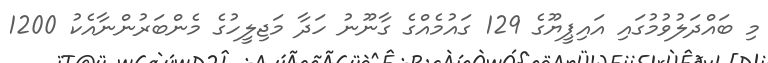
މި ބައްދަލުވުމުގައި އައިޕީޔޫގެ 129 ގައުމެއްގެ ގާނޫނު ހަދާ މަޖިލީހުގެ މެންބަރުންނާއެކު 1200